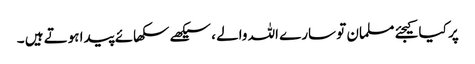
پر کیا کیجئے مسلمان تو سارے اللہ والے ، سیکھے سکھائے پیدا ہوتے ہیں ۔